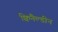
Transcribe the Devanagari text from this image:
क्विनैल्डीन